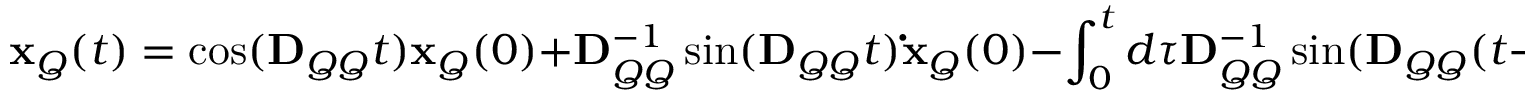
\mathbf { x } _ { Q } ( t ) = \cos ( \mathbf { D } _ { Q Q } t ) \mathbf { x } _ { Q } ( 0 ) + \mathbf { D } _ { Q Q } ^ { - 1 } \sin ( \mathbf { D } _ { Q Q } t ) \mathbf { \dot { x } } _ { Q } ( 0 ) - \int _ { 0 } ^ { t } d \tau \mathbf { D } _ { Q Q } ^ { - 1 } \sin ( \mathbf { D } _ { Q Q } ( t - \tau ) ) \mathbf { D } _ { Q P } ^ { 2 } \mathbf { x } _ { P } ( \tau ) .